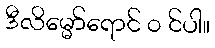
ဒီလိမ္မော်ရောင် ၀ င်ပါ။